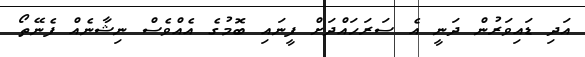
އަދި ޑައިވަރުން ދަނީ އެ ސަރަހައްދަށް ފީނައި ބޮމުގެ އެއްވެސް ނިޝާނެއް ފެނޭތޯ